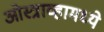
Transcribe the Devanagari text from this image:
ओस्त्राव्हामध्ये